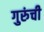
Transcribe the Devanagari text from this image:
गुरुंची